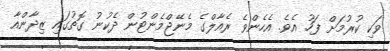
ވަކި ކުރުމަށް ފަހު އެވެ. އެހެންވެ ރެއާލްގެ މެނޭޖްމެންޓުން ދެކުނު ގޮތުގައި ޒިދާންއާ